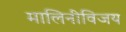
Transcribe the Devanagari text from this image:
मालिनीविजय